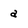
Character: a